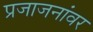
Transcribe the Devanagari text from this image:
प्रजाजनांवर